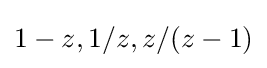
1-z,1/z,z/(z-1)